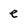
Character: e